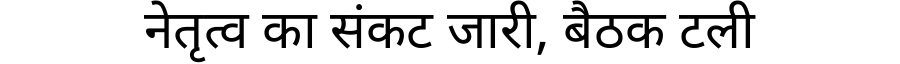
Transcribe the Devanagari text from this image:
नेतृत्व का संकट जारी, बैठक टली